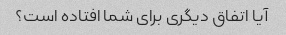
آیا اتفاق دیگری برای شما افتاده است؟